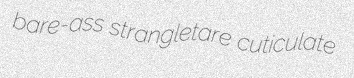
bare-ass strangletare cuticulate